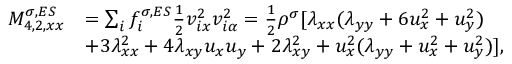
\begin{array} { r } { \begin{array} { r l } { M _ { 4 , 2 , x x } ^ { \sigma , E S } } & { = \sum _ { i } f _ { i } ^ { \sigma , E S } \frac { 1 } { 2 } v _ { i x } ^ { 2 } v _ { i \alpha } ^ { 2 } = \frac { 1 } { 2 } \rho ^ { \sigma } [ \lambda _ { x x } ( \lambda _ { y y } + 6 u _ { x } ^ { 2 } + u _ { y } ^ { 2 } ) } \\ & { + 3 \lambda _ { x x } ^ { 2 } + 4 \lambda _ { x y } u _ { x } u _ { y } + 2 \lambda _ { x y } ^ { 2 } + u _ { x } ^ { 2 } ( \lambda _ { y y } + u _ { x } ^ { 2 } + u _ { y } ^ { 2 } ) ] , } \end{array} } \end{array}